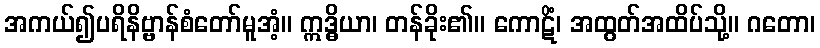
အကယ်၍ပရိနိဗ္ဗာန်စံတော်မူအံ့။ ဣဒ္ဓိယာ၊ တန်ခိုး၏။ ကောဋိံ၊ အထွတ်အထိပ်သို့။ ဂတော၊